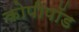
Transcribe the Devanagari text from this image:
कोपीपॉड